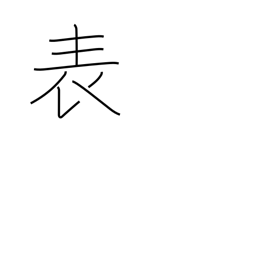
Meaning: surface